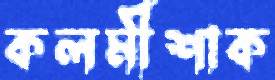
কলমীশাক